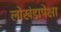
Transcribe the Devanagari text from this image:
लोखंडापेक्षा